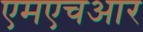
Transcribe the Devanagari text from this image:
एमएचआर